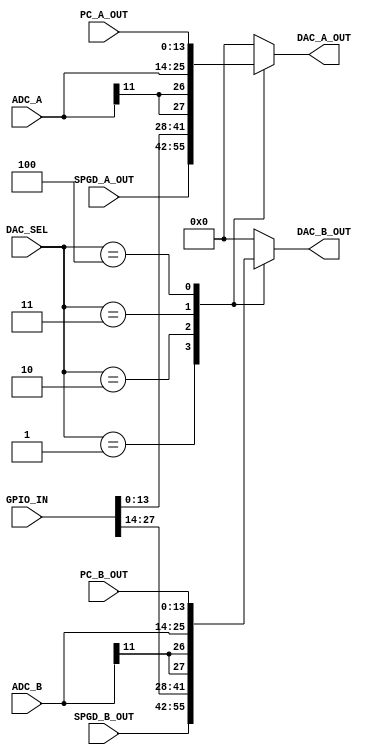
module DAC_SHIM
#(
	parameter DAC_WIDTH = 14,
	parameter ADC_WIDTH = 12,
	parameter GPIO_WIDTH = 32
)
(
	input [2:0] DAC_SEL,
	input [DAC_WIDTH - 1:0] SPGD_A_OUT,
	input [DAC_WIDTH - 1:0] SPGD_B_OUT,
	input [DAC_WIDTH - 1:0] PC_A_OUT,
	input [DAC_WIDTH - 1:0] PC_B_OUT,
	input [ADC_WIDTH - 1:0] ADC_A,
	input [ADC_WIDTH - 1:0] ADC_B,
	input [GPIO_WIDTH - 1:0] GPIO_IN,
	output [DAC_WIDTH - 1:0] DAC_A_OUT,
	output [DAC_WIDTH - 1:0] DAC_B_OUT
);

reg [DAC_WIDTH - 1:0] int_DAC_A_OUT = 14'b00_0000_0000_0000;
reg [DAC_WIDTH - 1:0] int_DAC_B_OUT = 14'b00_0000_0000_0000;

localparam [2:0] SYSTEM_OFF = 3'b000,
	SPGD_RUN = 3'b001,
	DAC_GPIO = 3'b010,
	DAC_ADC = 3'b011,
	DAC_PC = 3'b100;

assign DAC_A_OUT = int_DAC_A_OUT;
assign DAC_B_OUT = int_DAC_B_OUT;

always @(DAC_SEL)
begin
	case (DAC_SEL)
		SYSTEM_OFF:
		begin
			int_DAC_A_OUT = 14'b00_0000_0000_0000;
			int_DAC_B_OUT = 14'b00_0000_0000_0000;
		end
		SPGD_RUN:
		begin
			int_DAC_A_OUT = SPGD_A_OUT;
			int_DAC_B_OUT = SPGD_B_OUT;			
		end
		DAC_GPIO:
		begin
			int_DAC_A_OUT = GPIO_IN[DAC_WIDTH-1:0];
			int_DAC_B_OUT = GPIO_IN[DAC_WIDTH+DAC_WIDTH-1:DAC_WIDTH];	
		end
		DAC_ADC:
		begin
			int_DAC_A_OUT = {ADC_A[ADC_WIDTH - 1], ADC_A[ADC_WIDTH - 1], ADC_A};
			int_DAC_B_OUT = {ADC_B[ADC_WIDTH - 1], ADC_B[ADC_WIDTH - 1], ADC_B};			
		end
		DAC_PC:
		begin
			int_DAC_A_OUT = PC_A_OUT;
			int_DAC_B_OUT = PC_B_OUT;	
		end
		default:
		begin
			int_DAC_A_OUT = 14'b00_0000_0000_0000;
			int_DAC_B_OUT = 14'b00_0000_0000_0000;
		end
	endcase
end
endmodule